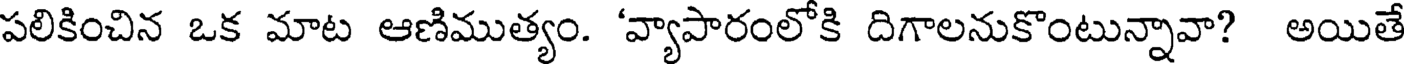
పలికించిన ఒక మాట ఆణిముత్యం. 'వ్యాపారంలోకి దిగాలనుకొంటున్నావా? అయితే